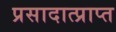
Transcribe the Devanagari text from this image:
प्रसादात्प्राप्त